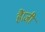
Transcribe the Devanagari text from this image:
हैं।जी